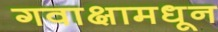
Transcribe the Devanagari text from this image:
गवाक्षामधून